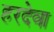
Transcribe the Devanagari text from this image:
हरदेवा